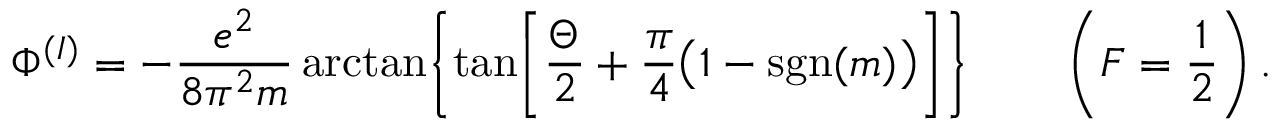
\Phi ^ { ( I ) } = - { \frac { e ^ { 2 } } { 8 \pi ^ { 2 } m } } \arctan \biggl \{ \tan \biggl [ { \frac { \Theta } { 2 } } + { \frac { \pi } { 4 } } \bigl ( 1 - \mathrm { s g n } ( m ) \bigr ) \biggr ] \biggr \} \qquad \left( F = \frac { 1 } { 2 } \right) .